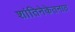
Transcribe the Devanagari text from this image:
शांतिनेकेतनात